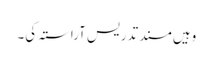
وہیں مسند تدریس آراستہ کی۔